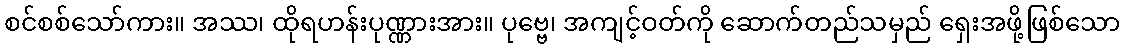
စင်စစ်သော်ကား။ အဿ၊ ထိုရဟန်းပုဏ္ဏားအား။ ပုဗ္ဗေ၊ အကျင့်ဝတ်ကို ဆောက်တည်သမှည် ရှေးအဖို့ဖြစ်သော